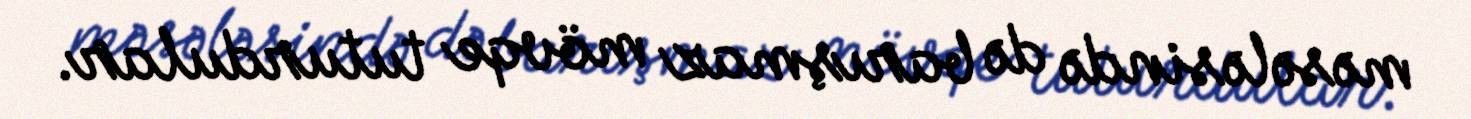
məsələsində də barışmaz mövqe tuturdular.